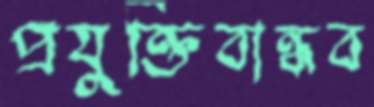
প্রযুক্তিবান্ধব